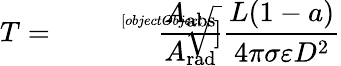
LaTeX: T={\sqrt[[objectObject]]{{\frac{A_{\mathrm{{abs}}}}{A_{\mathrm{{rad}}}}}{\frac{L(1-a)}{4\pi\sigma\varepsilon D^{2}}}}}